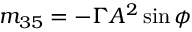
m _ { 3 5 } = - \Gamma A ^ { 2 } \sin \phi